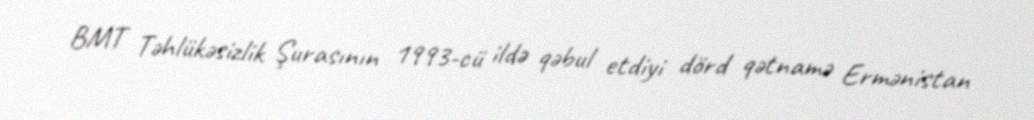
BMT Təhlükəsizlik Şurasının 1993-cü ildə qəbul etdiyi dörd qətnamə Ermənistan